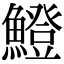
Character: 𫙼